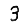
Digit: 3